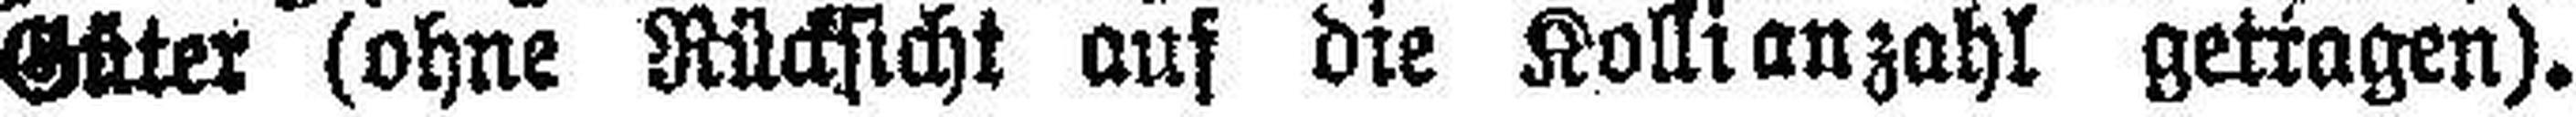
Güter (ohne Rücksicht aus die Kolli anzahl getragen).